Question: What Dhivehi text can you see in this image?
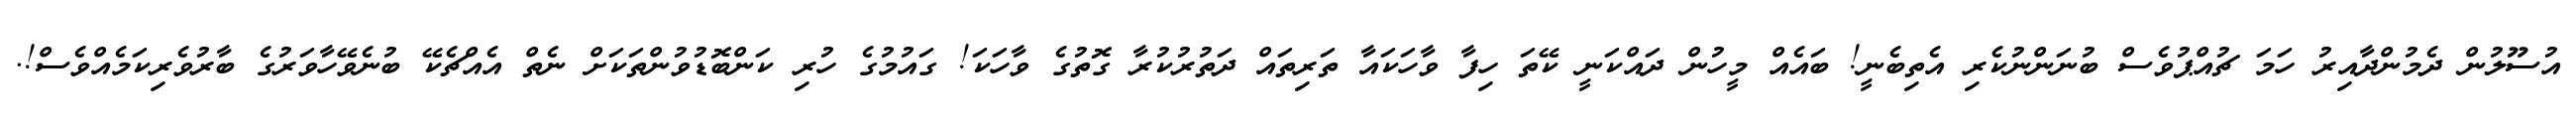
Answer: އުސޫލުން ދެމުންދާއިރު ހަމަ ޗުއްޕުވެސް ބުނަންނުކެރި އެތިބެނީ! ބައެއް މީހުން ދައްކަނީ ކޭތަ ހިފާ ވާހަކައާ ތަރިތައް ދަތުރުކުރާ ގޮތުގެ ވާހަކަ! ގައުމުގެ ހުރި ކަންބޮޑުވުންތަކަށް ނެތް އެއްޗެކޭ ބުނެވޭހާވަރުގެ ބާރުވެރިކަމެއްވެސް!.